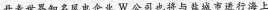
丹麦世界知名风电企业W公司也将与盐城市进行海上